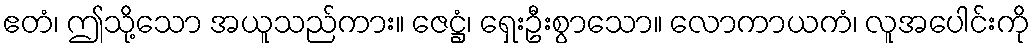
ဧတံ၊ ဤသို့သော အယူသည်ကား။ ဇေဋ္ဌံ၊ ရှေးဦးစွာသော။ လောကာယကံ၊ လူအပေါင်းကို